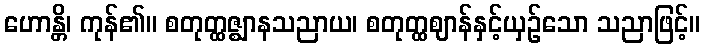
ဟောန္တိ၊ ကုန်၏။ စတုတ္ထဇ္ဈာနသညာယ၊ စတုတ္ထဈာန်နှင့်ယှဉ်သော သညာဖြင့်။